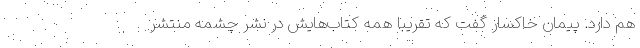
هم دارد. پیمان خاکسار گفت که تقریبا همه کتاب‌هایش در نشر چشمه منتشر